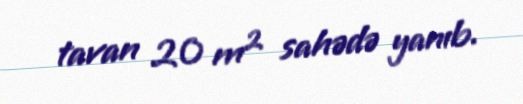
tavan 20 m² sahədə yanıb.